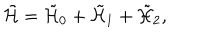
\tilde { \cal H } = \tilde { \cal H } _ { 0 } + \tilde { \cal H } _ { 1 } + \tilde { \cal H } _ { 2 } ,